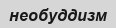
необуддизм